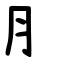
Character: ⺼